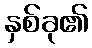
နှစ်ခု၏